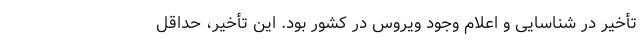
تأخیر در شناسایی و اعلام وجود ویروس در کشور بود. این تأخیر، حداقل